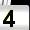
Digit: 4